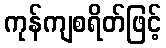
ကုန်ကျစရိတ်ဖြင့်